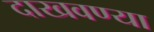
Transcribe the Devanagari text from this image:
दाखवण्या